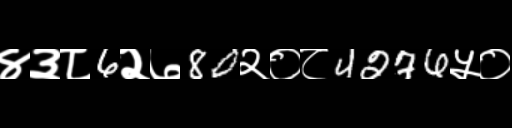
Text: ४३८6२७80२०८4276५०